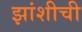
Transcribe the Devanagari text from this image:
झांशीची